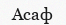
Асаф